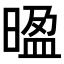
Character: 𭦻